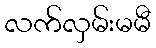
လက်လှမ်းမမီ